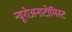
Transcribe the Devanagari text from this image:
न्यूरोअनाटोमिस्ट